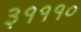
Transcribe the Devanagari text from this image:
३१११०